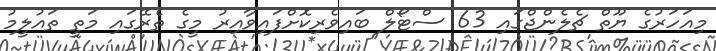
މިއަހަރުގެ ޔޫތް ޗެލެންޖްގައި 63 ސްޓޯލް ބައިވެރިކޮށްފައިވާއިރު މީގެ ތެރޭގައި މަތީ ތައުލީމު